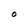
Character: O